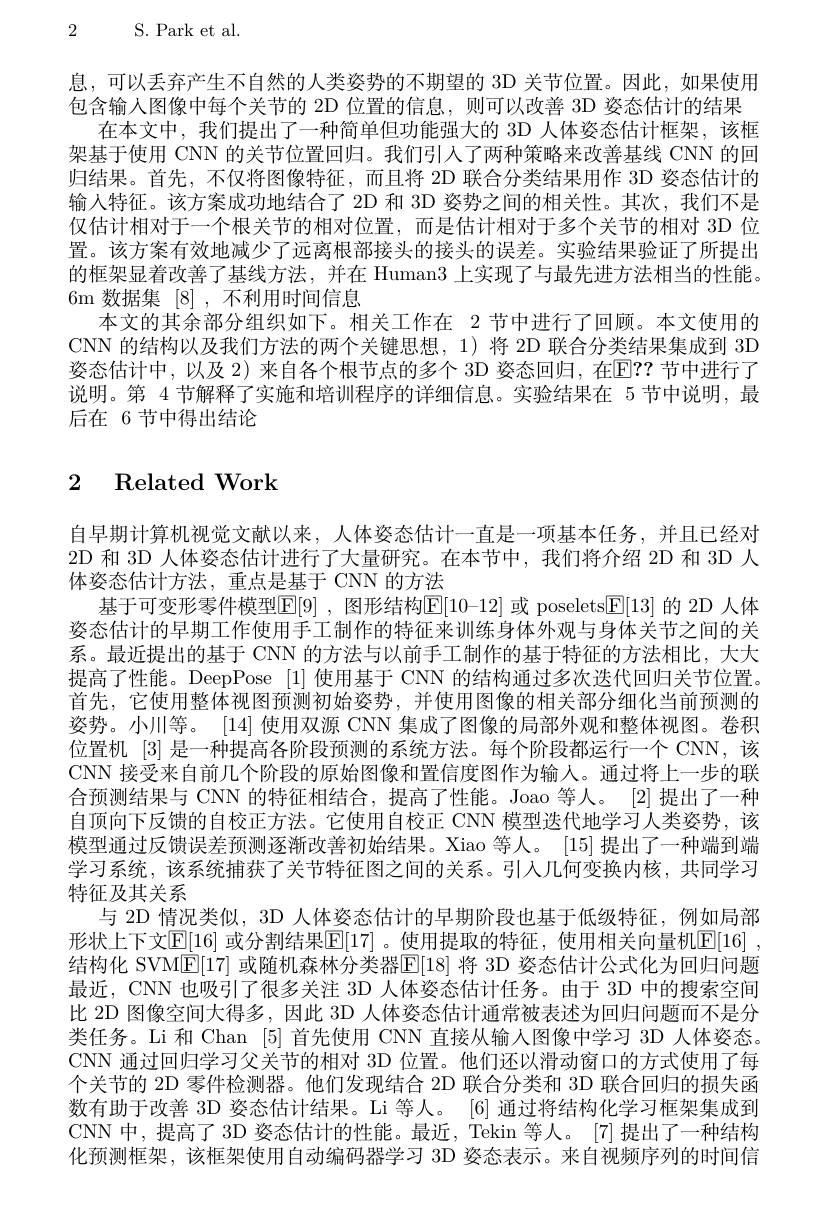
2 S.Park et al.

息，可以丢弃产生不自然的人类姿势的不期望的 3D 关节位置。因此，如果使用包含输入图像中每个关节的 2D 位置的信息，则可以改善 3D 姿态估计的结果
在本文中，我们提出了一种简单但功能强大的 3D 人体姿态估计框架，该框架基于使用 CNN 的关节位置回归。我们引人了两种策略来改善基线 CNN 的回归结果。首先，不仅将图像特征，而且将 2D 联合分类结果用作 3D 姿态估计的输人特征。该方案成功地结合了 2D 和 3D 姿势之间的相关性。其次，我们不是仅估计相对于一个根关节的相对位置，而是估计相对于多个关节的相对 3D 位置。该方案有效地减少了远离根部接头的接头的误差。实验结果验证了所提出的框架显着改善了基线方法，并在 Human3 上实现了与最先进方法相当的性能。$6{\mathrm{m}}$数据集[8],不利用时间信息
本文的其余部分组织如下。相关工作在 2节中进行了回顾。本文使用的CNN 的结构以及我们方法的两个关键思想，1)将 2D 联合分类结果集成到 3D 姿态估计中，以及 2) 来自各个根节点的多个 3D 姿态回归，在EP？? 节中进行了说明。第 4 节解释了实施和培训程序的详细信息。实验结果在 5 节中说明，最后在 6 节中得出结论

# 2 Related Work

自早期计算机视觉文献以来，人体姿态估计一直是一项基本任务，并且已经对2D 和 3D 人体姿态估计进行了大量研究。在本节中，我们将介绍 2D 和 3D 人体姿态估计方法，重点是基于 CNN 的方法
基于可变形零件模型[E[9] ,图形结构$\mathbb{E}[10-12]$ 或 poseletsE[13] 的 2D 人体姿态估计的早期工作使用手工制作的特征来训练身体外观与身体关节之间的关系。最近提出的基于 CNN 的方法与以前手工制作的基于特征的方法相比，大大提高了性能。DeepPose [1] 使用基于 CNN 的结构通过多次迭代回归关节位置。首先，它使用整体视图预测初始姿势，并使用图像的相关部分细化当前预测的姿势。小川等。[14] 使用双源 CNN 集成了图像的局部外观和整体视图。卷积位置机 [3] 是一种提高各阶段预测的系统方法。每个阶段都运行一个 CNN,该CNN 接受来自前几个阶段的原始图像和置信度图作为输人。通过将上一步的联合预测结果与 CNN 的特征相结合，提高了性能。Joao 等人。[2]提出了一种自顶向下反馈的自校正方法。它使用自校正 CNN 模型迭代地学习人类姿势，该模型通过反馈误差预测逐渐改善初始结果。Xiao 等人。[15] 提出了一种端到端学习系统，该系统捕获了关节特征图之间的关系。引入几何变换内核，共同学习特征及其关系
与 2D 情况类似，3D 人体姿态估计的早期阶段也基于低级特征，例如局部形状上下文$\mathbb{E}[16]$ 或分割结果$\mathbb{E}[17]$ 。使用提取的特征，使用相关向量机E[16] , 结构化 SVM$\underline{\mathrm{E}}[17]$ 或随机森林分类器$\overline{\mathrm{E}}[18]$ 将 3D 姿态估计公式化为回归问题最近，CNN 也吸引了很多关注 3D 人体姿态估计任务。由于 3D 中的搜索空间比 2D 图像空间大得多，因此 3D 人体姿态估计通常被表述为回归问题而不是分类任务。Li 和 Chan [5]首先使用 CNN 直接从输人图像中学习 3D 人体姿态。CNN 通过回归学习父关节的相对 3D 位置。他们还以滑动窗口的方式使用了每个关节的 2D 零件检测器。他们发现结合 2D 联合分类和 3D 联合回归的损失函数有助于改善 3D 姿态估计结果。Li 等人。[6] 通过将结构化学习框架集成到CNN 中，提高了 3D 姿态估计的性能。最近，Tekin 等人。[7] 提出了一种结构化预测框架，该框架使用自动编码器学习 3D 姿态表示。来自视频序列的时间信